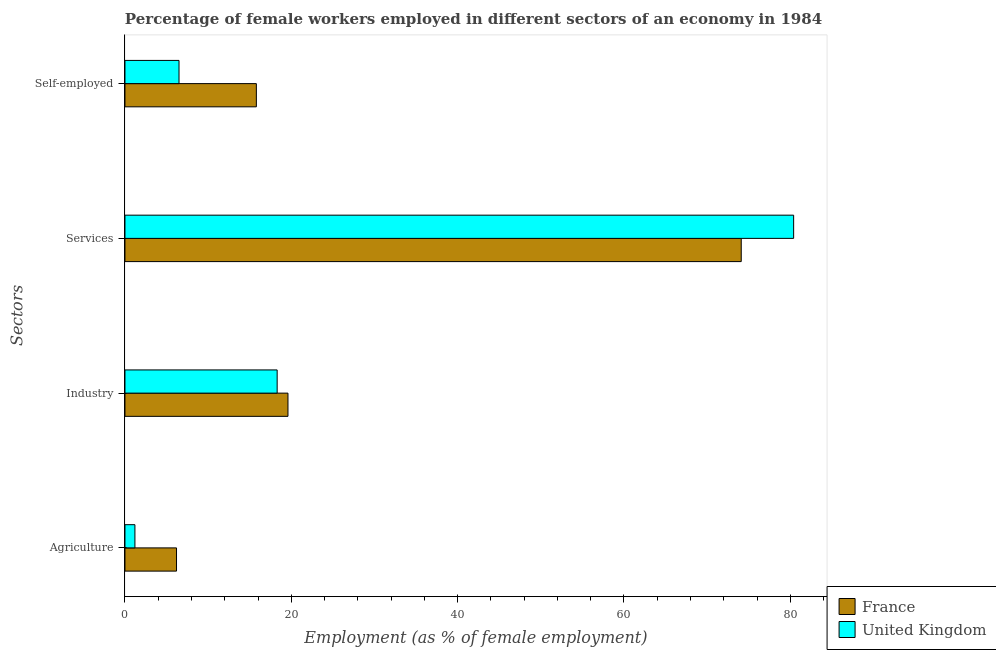
| Sectors | France | United Kingdom |
 | --- | --- | --- |
 | Agriculture | 6.2 | 1.2 |
 | Industry | 19.6 | 18.3 |
 | Services | 74.1 | 80.4 |
 | Self-employed | 15.8 | 6.5 |